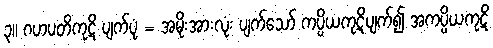
၃။ ဂဟပတိကုဋိ ပျက်ပုံ = အမိုးအားလုံး ပျက်သော် ကပ္ပိယကုဋိပျက်၍ အကပ္ပိယကုဋိ